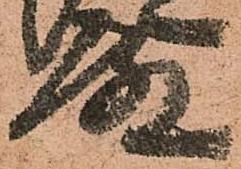
殿